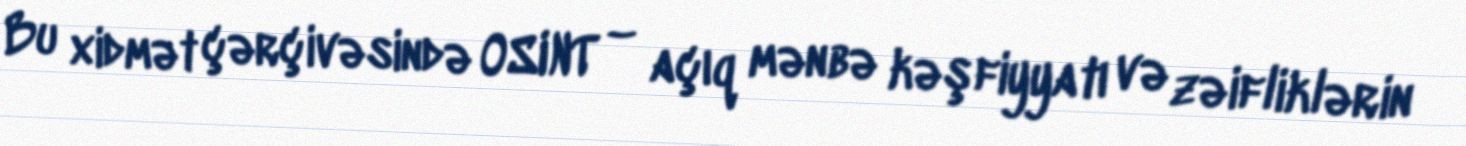
Bu xidmət çərçivəsində OSINT – açıq mənbə kəşfiyyatı və zəifliklərin